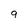
Character: 9